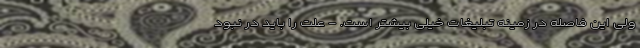
ولی این فاصله در زمینه تبلیغات خیلی بیشتر است. - علت را باید در نبود